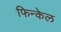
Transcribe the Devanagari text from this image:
फिन्केल